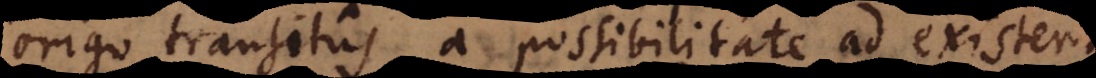
origo transitus a possibilitate ad existenti